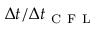
\Delta t / \Delta t _ { \mathrm { ~ C ~ F ~ L ~ } }